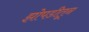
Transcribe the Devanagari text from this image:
झोपडीतून